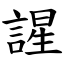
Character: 謃